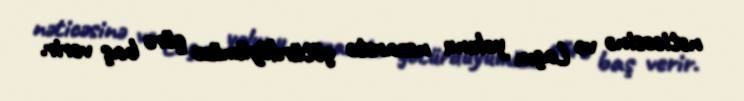
nəticəsinə və Laçın yolunu nəzarətə götürdüyümüzə görə baş verir.